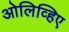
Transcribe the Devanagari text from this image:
ओलिव्हिए